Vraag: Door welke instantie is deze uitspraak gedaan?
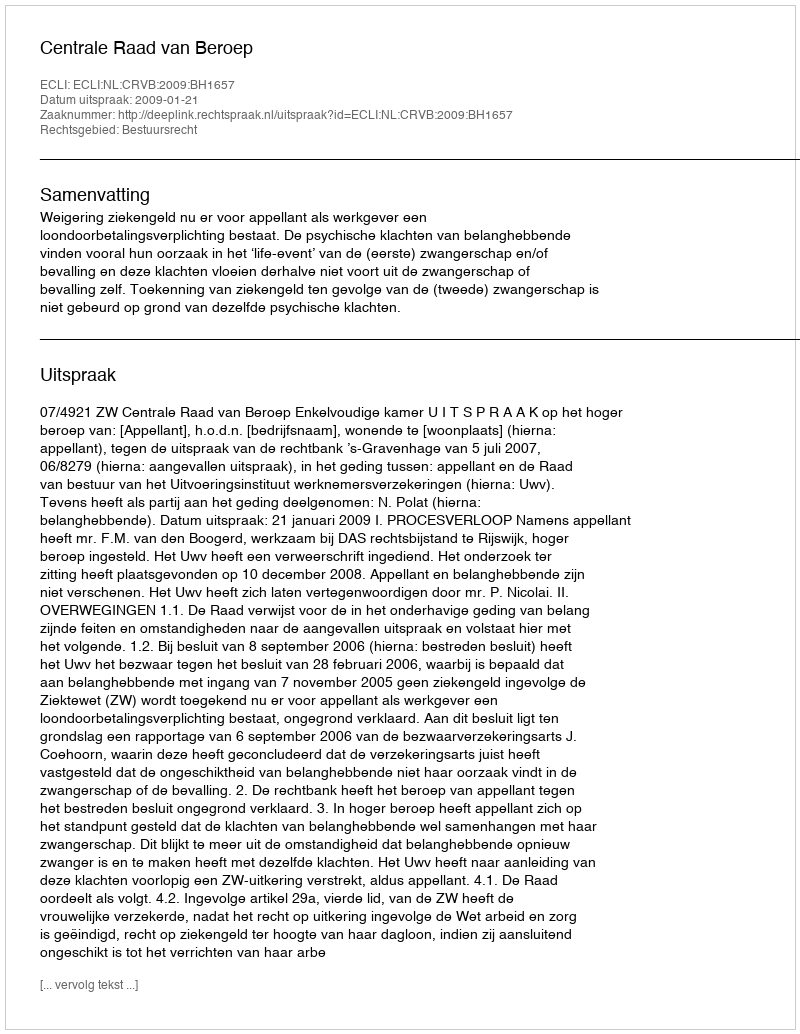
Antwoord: Centrale Raad van Beroep